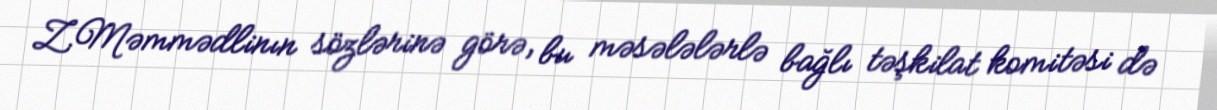
Z.Məmmədlinın sözlərinə görə, bu məsələlərlə bağlı təşkilat komitəsi də